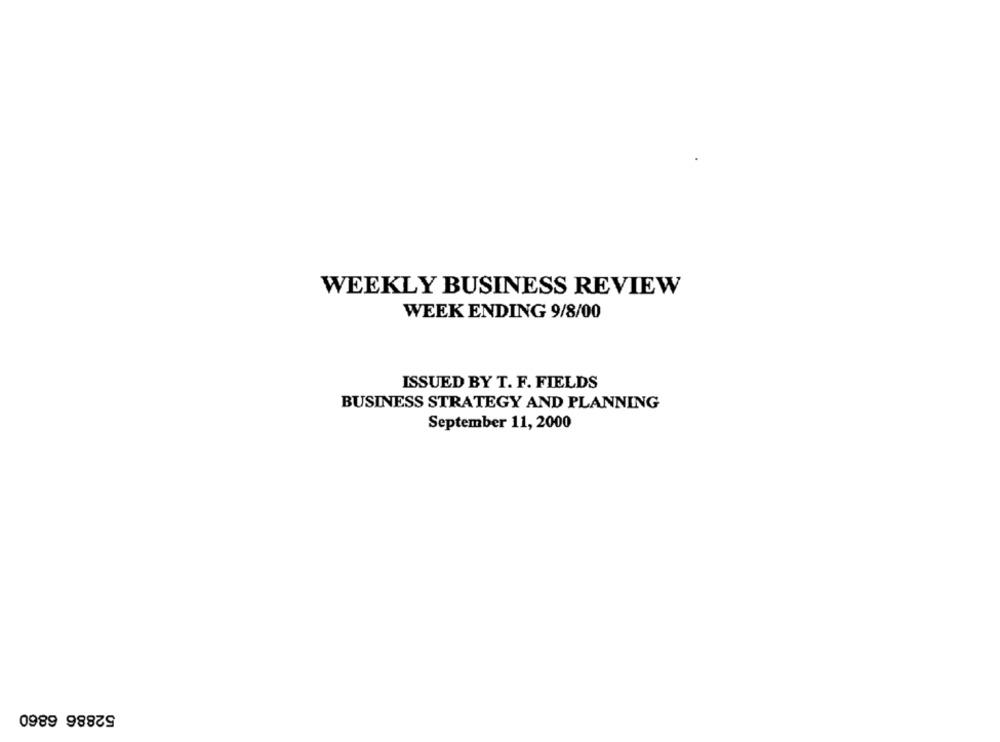
WEEKLY BUSINESS REVIEW
WEEK ENDING 9/8/00
ISSUED BY T. F. FIELDS
BUSINESS STRATEGY AND PLANNING
September 11, 2000
52886 6860